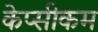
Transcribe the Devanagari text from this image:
केप्सीकम